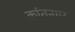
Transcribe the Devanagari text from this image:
कांतनगर